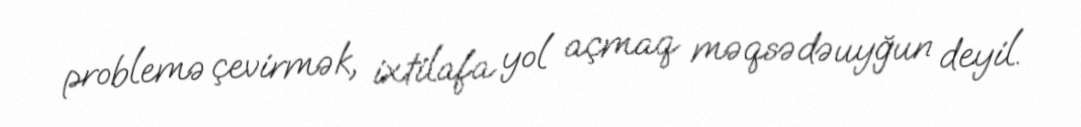
problemə çevirmək, ixtilafa yol açmaq məqsədəuyğun deyil.